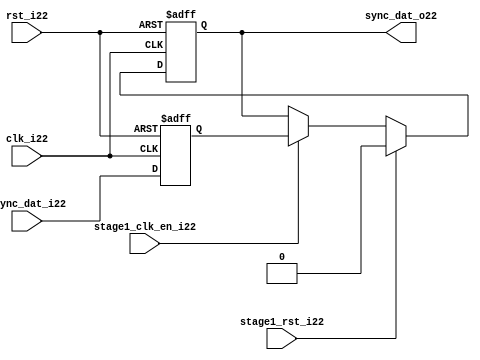
module uart_sync_flops22
(
  // internal signals22
  rst_i22,
  clk_i22,
  stage1_rst_i22,
  stage1_clk_en_i22,
  async_dat_i22,
  sync_dat_o22
);

parameter Tp22            = 1;
parameter width         = 1;
parameter init_value22    = 1'b0;

input                           rst_i22;                  // reset input
input                           clk_i22;                  // clock22 input
input                           stage1_rst_i22;           // synchronous22 reset for stage22 1 FF22
input                           stage1_clk_en_i22;        // synchronous22 clock22 enable for stage22 1 FF22
input   [width-1:0]             async_dat_i22;            // asynchronous22 data input
output  [width-1:0]             sync_dat_o22;             // synchronous22 data output


//
// Interal22 signal22 declarations22
//

reg     [width-1:0]             sync_dat_o22;
reg     [width-1:0]             flop_022;


// first stage22
always @ (posedge clk_i22 or posedge rst_i22)
begin
    if (rst_i22)
        flop_022 <= #Tp22 {width{init_value22}};
    else
        flop_022 <= #Tp22 async_dat_i22;    
end

// second stage22
always @ (posedge clk_i22 or posedge rst_i22)
begin
    if (rst_i22)
        sync_dat_o22 <= #Tp22 {width{init_value22}};
    else if (stage1_rst_i22)
        sync_dat_o22 <= #Tp22 {width{init_value22}};
    else if (stage1_clk_en_i22)
        sync_dat_o22 <= #Tp22 flop_022;       
end

endmodule